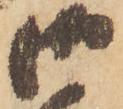
御